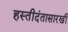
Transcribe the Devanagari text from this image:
हस्तीदंतासारखी